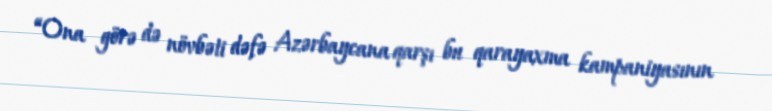
“Ona görə də növbəti dəfə Azərbaycana qarşı bu qarayaxma kampaniyasının